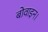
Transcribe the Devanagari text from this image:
बोवाइन।